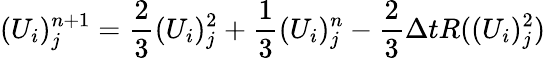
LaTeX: (U_{i})_{j}^{n+1}=\frac{2}{3}(U_{i})_{j}^{2}+\frac{1}{3}(U_{i})_{j}^{n}-\frac{2}{3}\Delta tR((U_{i})_{j}^{2})